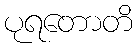
ပုရတောတိ